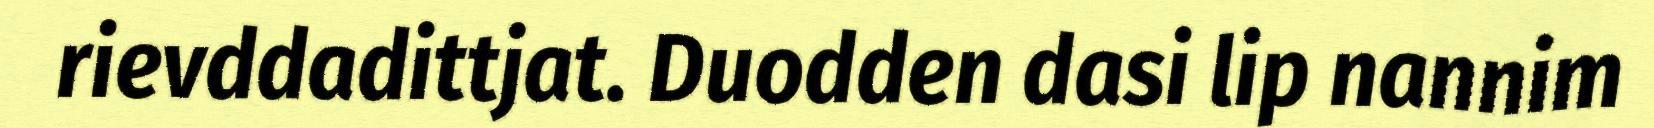
rievddadittjat. Duodden dasi lip nannim